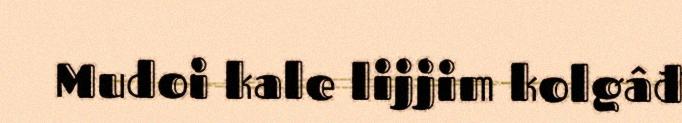
Mudoi kale lijjim kolgâđ